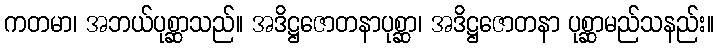
ကတမာ၊ အဘယ်ပုစ္ဆာသည်။ အဒိဋ္ဌဇောတနာပုစ္ဆာ၊ အဒိဋ္ဌဇောတနာ ပုစ္ဆာမည်သနည်း။